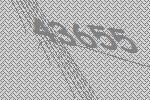
43655